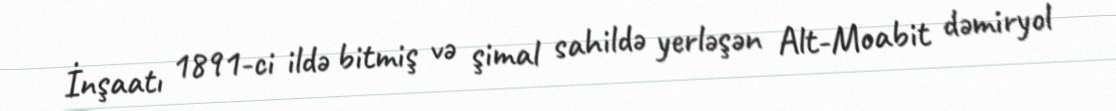
İnşaatı 1891-ci ildə bitmiş və şimal sahildə yerləşən Alt-Moabit dəmiryol